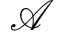
\mathcal { A }